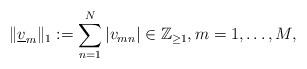
LaTeX: \begin{align*}\|\underline{v}_m\|_{1}:=\sum_{n=1}^{N}|v_{mn}|\in \mathbb{Z}_{\ge 1},m=1,\ldots,M,\end{align*}